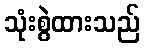
သုံးစွဲထားသည်